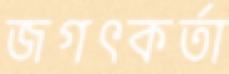
জগৎকর্তা